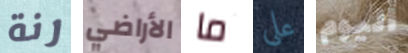
رنة الأراضي ما على اليوم